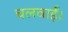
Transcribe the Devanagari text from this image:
चलवाईं।